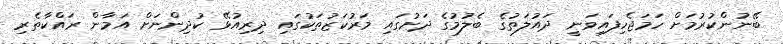
ބޭނުންކުރުމަށް ހަމަޖެހިފައިވަނީ ދައުލަތުގެ ބެލުމުގެ ދަށުގައި މަރުކަޒުތަކުގައި ދިރިއުޅޭ ކުދިންނަށް އަމާން ރައްކާތެރި